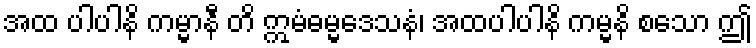
အထ ပါပါနိ ကမ္မာနီ တိ ဣမံဓမ္မဒေသနံ၊ အထပါပါနိ ကမ္မနိ စသော ဤ